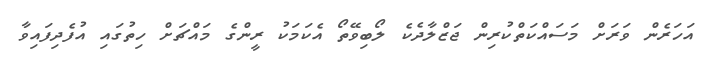
އަހަރެން ވަރަށް މަސައްކަތްކުރިން ޖަޒްލާދެކެ ލޯބިވޭތޯ އެކަމަކު ރީންގެ މައްޗަށް ހިތުގައި އުފެދިފައިވާ